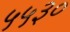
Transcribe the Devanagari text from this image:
५५३०